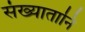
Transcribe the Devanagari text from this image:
संख्यातानि